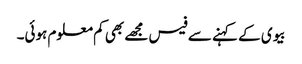
بیوی کے کہنے سے فیس مجھے بھی کم معلوم ہوئی۔